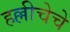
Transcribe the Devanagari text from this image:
हल्लीचेचे